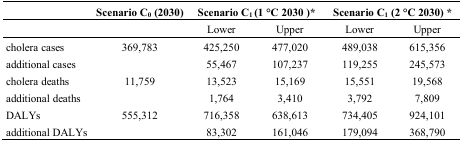
<table><thead><tr><td></td><td><b>Scenario C<sub>0</sub> (2030)</b></td><td colspan="2"><b>Scenario C<sub>1 </sub>(1 °C 2030)*</b></td><td colspan="2"><b>Scenario C<sub>1</sub> (2 °C 2030) *</b></td></tr></thead><tbody><tr><td></td><td></td><td>Lower</td><td>Upper</td><td>Lower</td><td>Upper</td></tr><tr><td>cholera cases</td><td>369,783</td><td>425,250</td><td>477,020</td><td>489,038</td><td>615,356</td></tr><tr><td>additional cases</td><td></td><td>55,467</td><td>107,237</td><td>119,255</td><td>245,573</td></tr><tr><td>cholera deaths</td><td>11,759</td><td>13,523</td><td>15,169</td><td>15,551</td><td>19,568</td></tr><tr><td>additional deaths</td><td></td><td>1,764</td><td>3,410</td><td>3,792</td><td>7,809</td></tr><tr><td>DALYs</td><td>555,312</td><td>716,358</td><td>638,613</td><td>734,405</td><td>924,101</td></tr><tr><td>additional DALYs</td><td></td><td>83,302</td><td>161,046</td><td>179,094</td><td>368,790</td></tr></tbody></table>